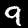
Digit: 9